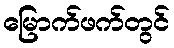
မြောက်ဖက်တွင်